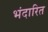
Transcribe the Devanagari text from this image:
भंदारित